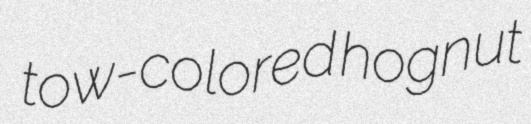
tow-colored hognut